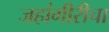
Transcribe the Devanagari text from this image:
जहांगीरीचा